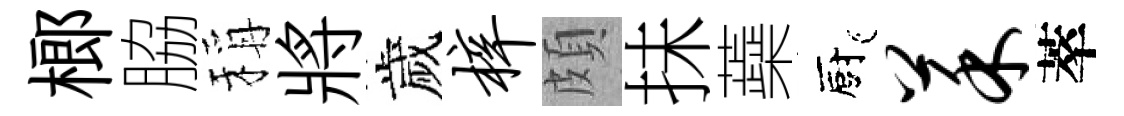
榔脇稱將歲梓頗抺蘃廚菜萃